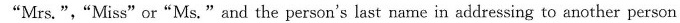
"Mrs.","Miss" or"Ms."and the person's last name in addressing to another person